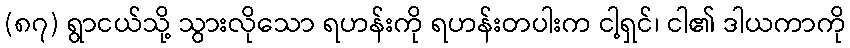
(၈၇) ရွာငယ်သို့ သွားလိုသော ရဟန်းကို ရဟန်းတပါးက ငါ့ရှင်၊ ငါ၏ ဒါယကာကို